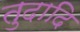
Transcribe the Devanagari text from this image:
तुदादि